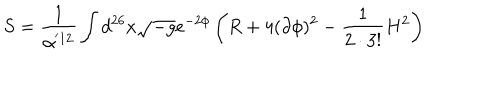
S = \frac { 1 } { \alpha ^ { ' 1 2 } } \int d ^ { 2 6 } x \sqrt { - g } e ^ { - 2 \phi } \left( R + 4 ( \partial \phi ) ^ { 2 } - \frac { 1 } { 2 \cdot 3 ! } H ^ { 2 } \right)